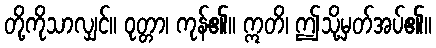
တို့ကိုသာလျှင်။ ဝုတ္တာ၊ ကုန်၏။ ဣတိ၊ ဤသို့မှတ်အပ်၏။